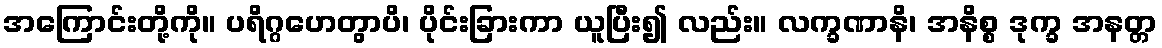
အကြောင်းတို့ကို။ ပရိဂ္ဂဟေတွာပိ၊ ပိုင်းခြားကာ ယူပြီး၍ လည်း။ လက္ခဏာနိ၊ အနိစ္စ ဒုက္ခ အနတ္တ